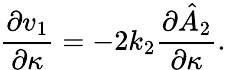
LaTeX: \frac{\partial v_{1}}{\partial\kappa}=-2k_{2}\frac{\partial\hat{A}_{2}}{\partial\kappa}.